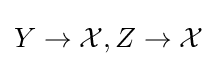
Y\to {\mathcal {X}},Z\to {\mathcal {X}}